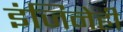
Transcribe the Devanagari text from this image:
इंजिनेही